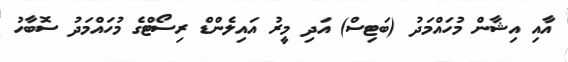
އާއި އިޝާން މުހައްމަދު (ބަޓިސް) އަދި މީރު އައިލެންޑް ރިސޯޓްގެ މުހައްމަދު ސޮބާހު